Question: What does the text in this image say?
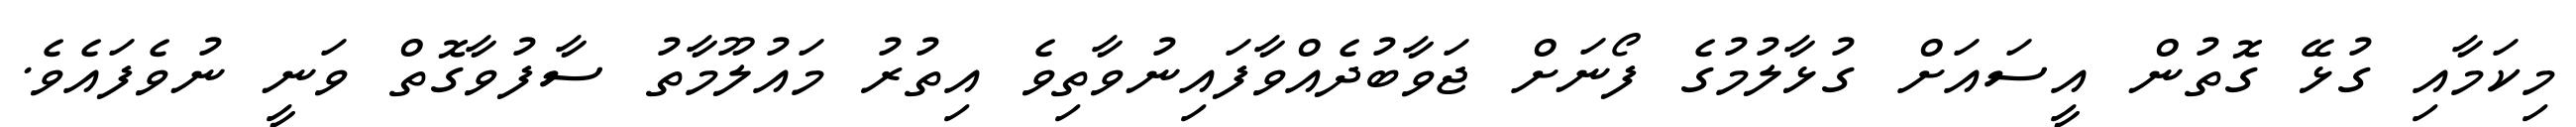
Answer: މިކަމާއި ގުޅޭ ގޮތުން އީސައަށް ގުޅާލުމުގެ ފޯނަށް ޖަވާބުދެއްވާފައިނުވާތިވެ އިތުރު މައުލޫމާތު ސާފުވާގޮތް ވަނީ ނުވެފައެވެ.